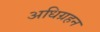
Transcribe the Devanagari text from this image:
अधिग्रहन